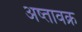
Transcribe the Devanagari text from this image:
अष्तावक्र